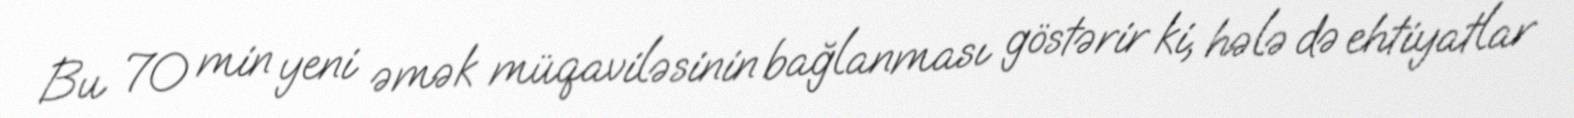
Bu 70 min yeni əmək müqaviləsinin bağlanması göstərir ki, hələ də ehtiyatlar